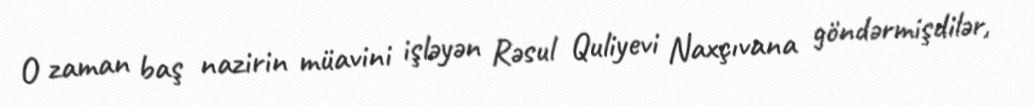
O zaman baş nazirin müavini işləyən Rəsul Quliyevi Naxçıvana göndərmişdilər,